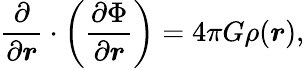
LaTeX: \frac{\partial}{\partial\boldsymbol{r}}\cdot\left(\frac{\partial\Phi}{\partial\boldsymbol{r}}\right)=4\pi G\rho(\boldsymbol{r}),